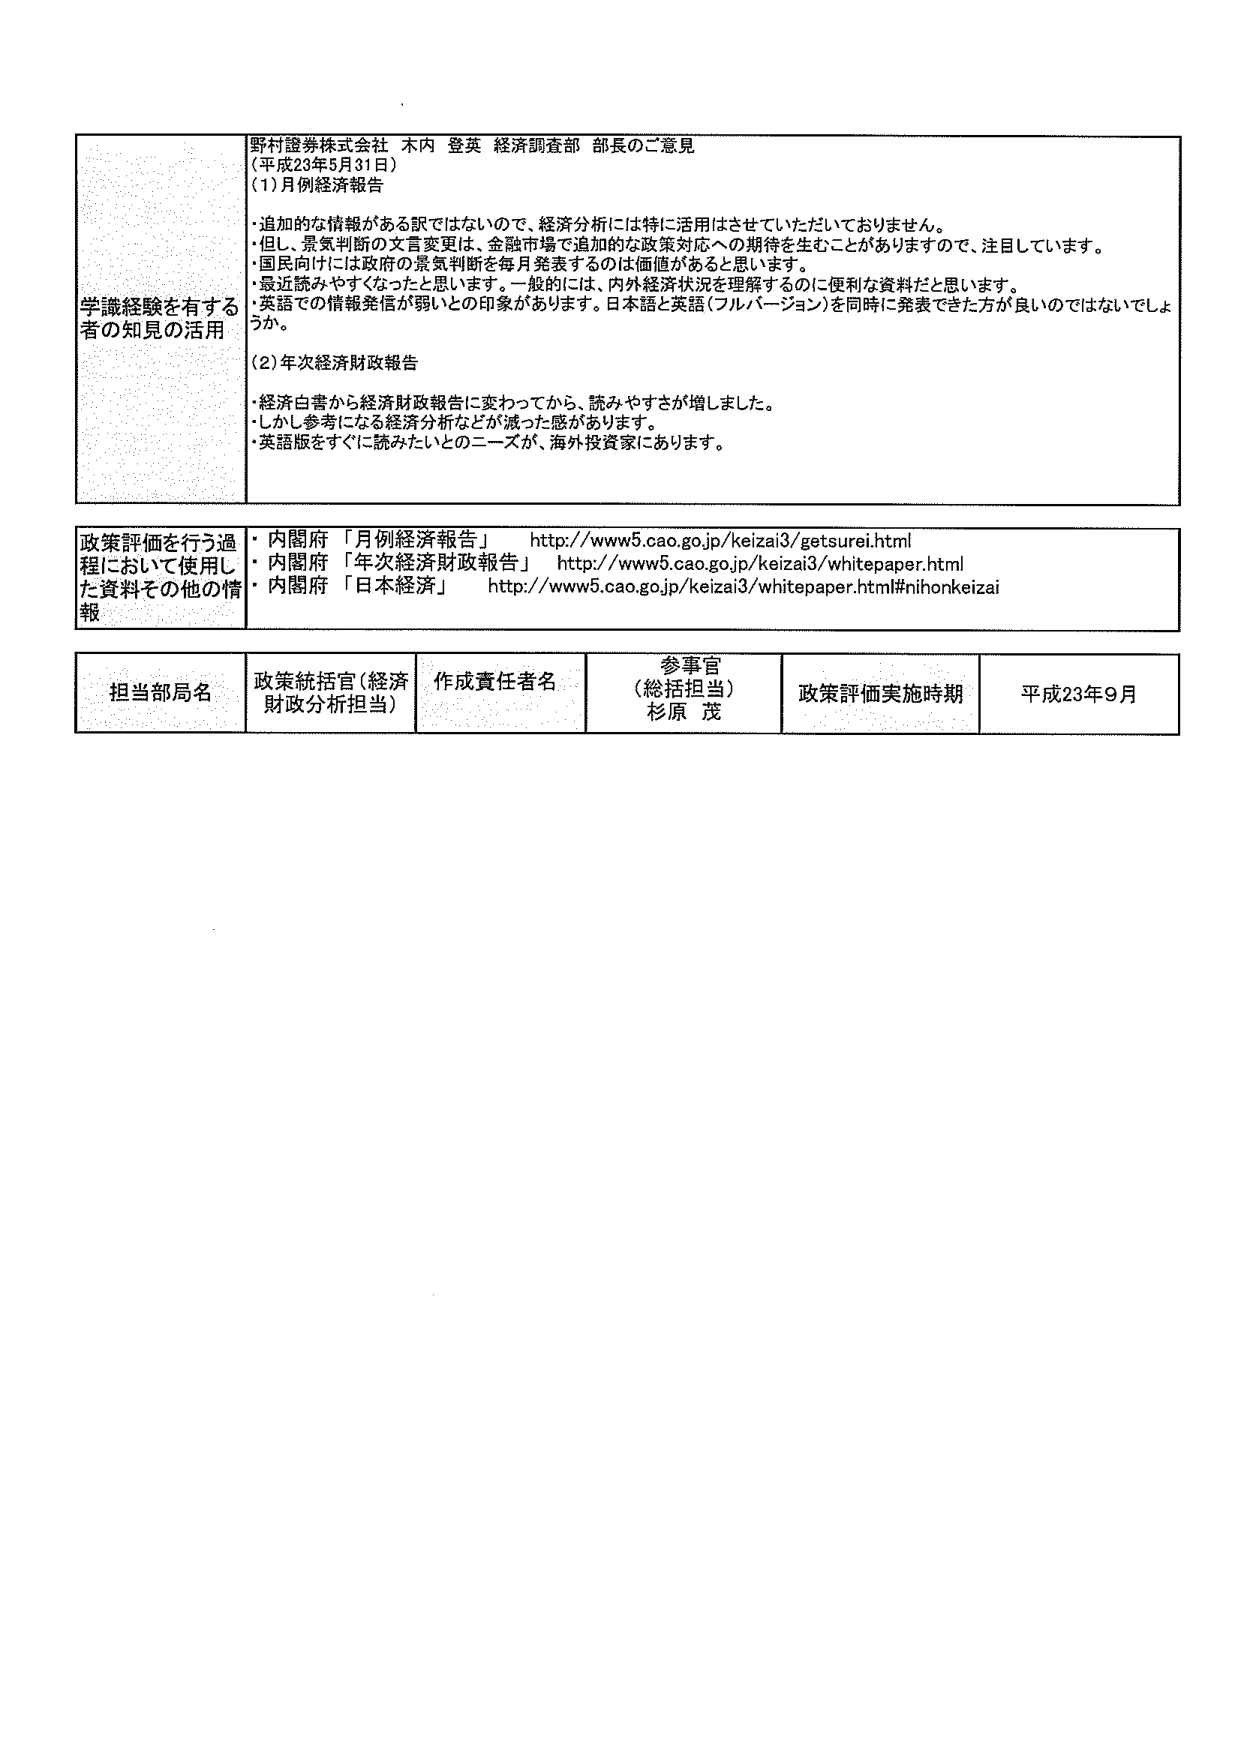
学識経験を有する者の知見の活用

野村證券株式会社 木内 登英 経済調査部 部長のご意見
（平成23年5月31日）

(1) 月例経済報告
・追加的な情報がある訳ではないので、経済分析には特に活用はさせていただいておりません。
・但し、景気判断の文言変更は、金融市場で追加的な政策対応への期待を生むことがありますので、注目しています。
・国民向けには政府の景気判断を毎月発表するのは価値があると思います。
・最近読みやすくなったと思います。一般的には、内外経済状況を理解するのに便利な資料だと思います。
・英語での情報発信が弱いとの印象があります。日本語と英語（フルバージョン）を同時に発表できた方が良いのではないでしょうか。

(2) 年次経済財政報告
・経済白書から経済財政報告に変わってきたから、読みやすさが増しました。
・しかし参考になる経済分析などが減った感があります。
・英語版をすぐに読みたいとのニーズが、海外投資家にあります。

政策評価を行う過程において使用した資料その他の情報
・内閣府 「月例経済報告」 http://www5.cao.go.jp/keizai3/getsurei.html
・内閣府 「年次経済財政報告」 http://www5.cao.go.jp/keizai3/whitepaper.html
・内閣府 「日本経済」 http://www5.cao.go.jp/keizai3/whitepaper.html#nihonkeizai

担当部局名
政策統括官（経済財政分析担当）

作成責任者名

参事官
（総括担当）
杉原 茂

政策評価実施時期
平成23年9月